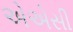
એએસી